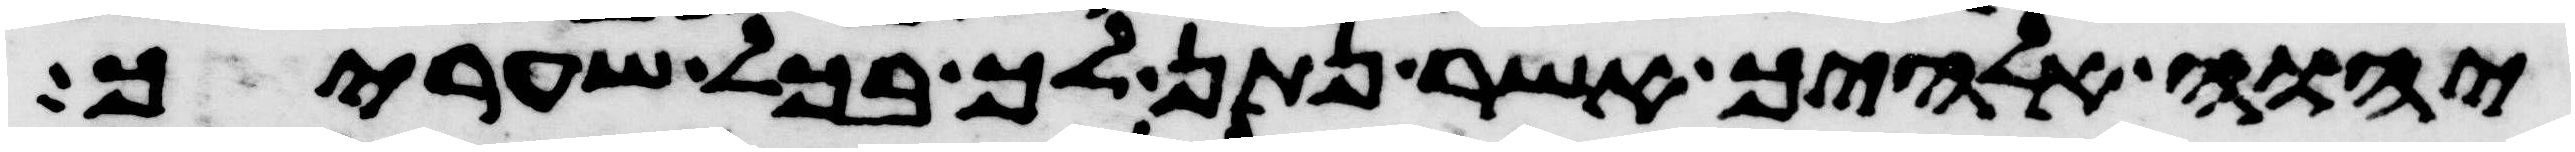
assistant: יהוה אלהיך אשר נתן לך בכל שעריך